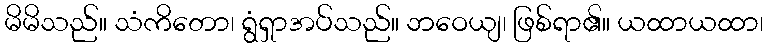
မိမိသည်။ သံကိတော၊ ရွံရှာအပ်သည်။ ဘဝေယျ၊ ဖြစ်ရာ၏။ ယထာယထာ၊